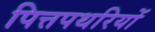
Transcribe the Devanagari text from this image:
पित्तपथरियों